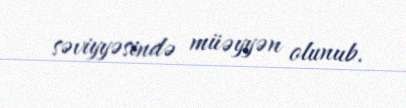
səviyyəsində müəyyən olunub.